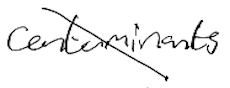
Text: contaminants
Cross-out: diagonal
Writing tool: digital_black